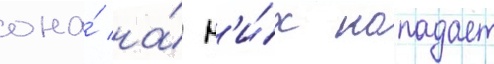
она́ на́ н'и́х нападает